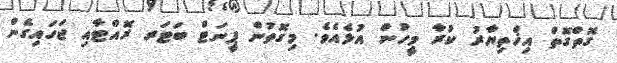
ގޮތްގޮތް އިޚްތިޔާރު ކުރާ މީހުން އުޅެއެވެ. މިގޮތުން ޕީނަޓް ބަޓަރ ރޮއްޓާއި ޖަހައިގެން